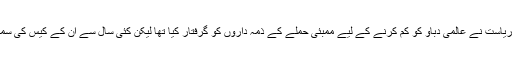
یاد رہے کہ پاکستانی ریاست نے عالمی دباو کو کم کرنے کے لیے ممبئی حملے کے ذمہ داروں کو گرفتار کیا تھا لیکن کئی سال سے ان کے کیس کی سماعت ہی نہیں ہو رہی ۔